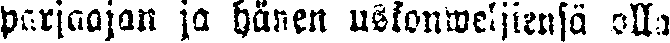
parjaajan ja hanen uskonweljiensä olla